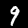
Label: 9